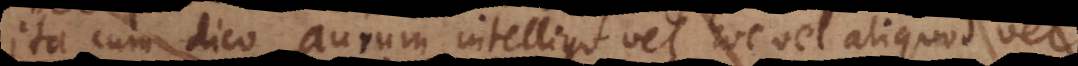
Ita cum dico aurum intelligo vel hoc vel aliquo